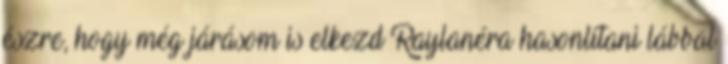
észre, hogy még járásom is elkezd Raylanéra hasonlítani lábbal